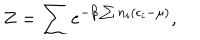
LaTeX: Z = \sum e ^ { - \beta \sum n _ { i } ( \epsilon _ { i } - \mu ) } ,